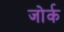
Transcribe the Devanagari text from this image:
जोर्क